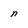
Character: n